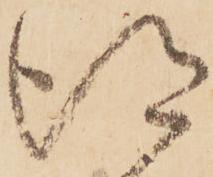
得